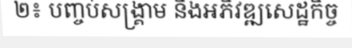
២៖ បញ្ចប់សង្គ្រាម និងអភិវឌ្ឍសេដ្ឋកិច្ច